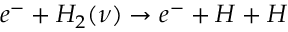
e ^ { - } + H _ { 2 } ( \nu ) \rightarrow e ^ { - } + H + H